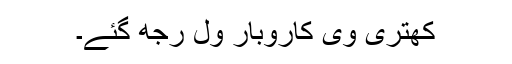
کھتری وی کاروبار ول رُجھ گئے۔